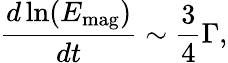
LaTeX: \frac{d\ln(E_{\textrm{mag}})}{dt}\sim\frac{3}{4}\Gamma,